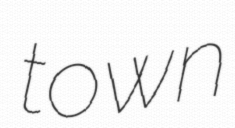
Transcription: town